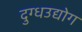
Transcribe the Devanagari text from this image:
दुग्धउद्योग